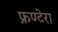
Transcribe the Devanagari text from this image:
फ्रण्टेरा